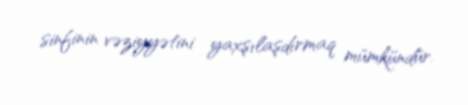
sinfinin vəziyyətini yaxşılaşdırmaq mümkündür.